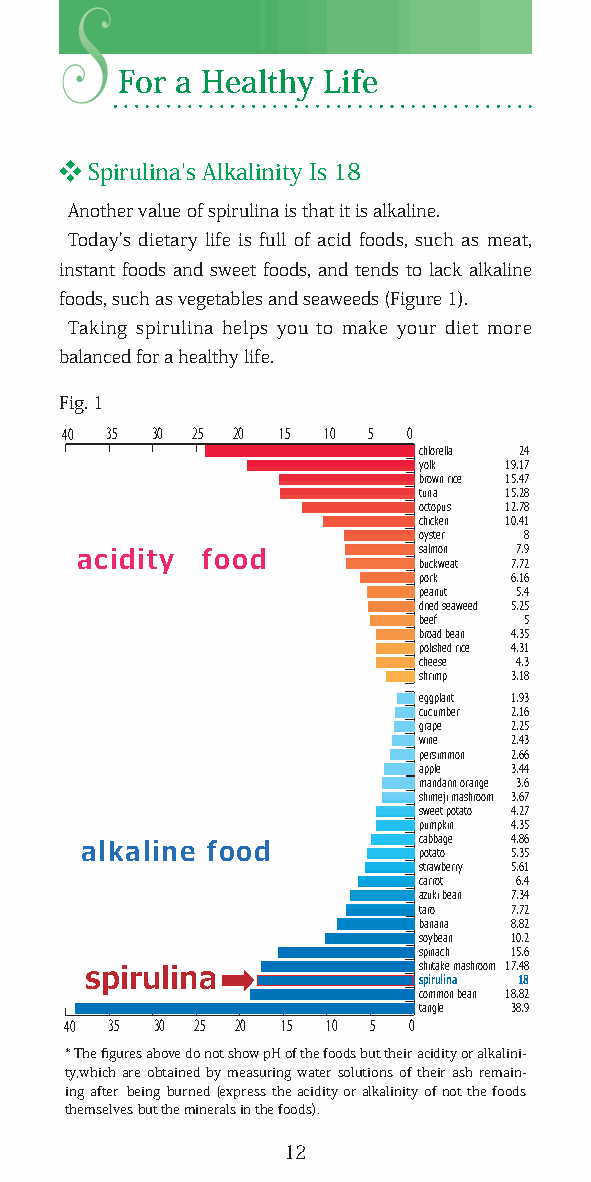
For a Healthy Life
 ❖ Spirulina's Alkalinity Is 18
 Another value of spirulina is that it is alkaline.
 Today's dietary life is full of acid foods, such as meat,
 instant foods and sweet foods, and tends to lack alkaline
 foods, such as vegetables and seaweeds (Figure 1).
 Taking spirulina helps you to make your diet more
 balanced for a healthy life.
 Fig. 1
 40 35 30 25 20 15 10 5 0
 chlorella 24
 yolk 19.17
 brown rice 15.47
 tuna 15.28
 octopus 12.78
 chicken 10.41
 oyster 8
 salmon 7.9
 acidity food
 buckweat 7.72
 pork  6.16
 peanut 5.4
 dried seaweed 5.25
 beef   5
 broad bean 4.35
 polished rice 4.31
 cheese 4.3
 shrimp 3.18
 eggplant 1.93
 cucumber 2.16
 grape 2.25
 wine  2.43
 persimmon 2.66
 apple 3.44
 mandarin orange 3.6
 shimeji mashroom 3.67
 sweet potato 4.27
 pumpkin 4.35
 cabbage 4.86
 alkaline food          potato 5.35
 strawberry 5.61
 carrot 6.4
 azuki bean 7.34
 taro  7.72
 banana 8.82
 soybean 10.2
 spinach 15.6
 shiitake mashroom 17.48
 spirulina             spirulina 18
 common bean 18.82
 tangle 38.9
 40 35 30 25 20 15 10 5 0
 * The figures above do not show pH of the foods but their acidity or alkalini-
 ty,which are obtained by measuring water solutions of their ash remain-
 ing after being burned (express the acidity or alkalinity of not the foods
 themselves but the minerals in the foods).
 12